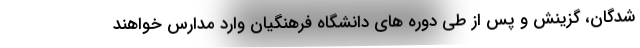
شدگان، گزینش و پس از طی دوره های دانشگاه فرهنگیان وارد مدارس خواهند